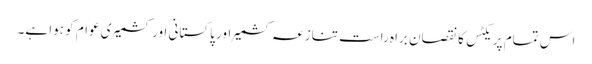
اس تمام پریکٹس کا نقصان براہ راست تنازعہ کشمیر اور پاکستانی اور کشمیری عوام کو ہوا ہے۔